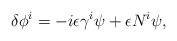
\begin{align*}\delta \phi^i = -i \epsilon \gamma^i \psi + \epsilon N^i \psi ,\end{align*}